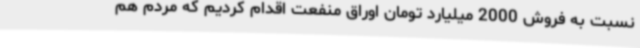
نسبت به فروش 2000 میلیارد تومان اوراق منفعت اقدام کردیم که مردم هم